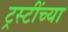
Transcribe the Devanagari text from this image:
ट्रस्टींच्या